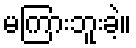
မကြားဘူးခဲ့။